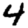
Digit: 4